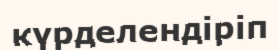
күрделендіріп